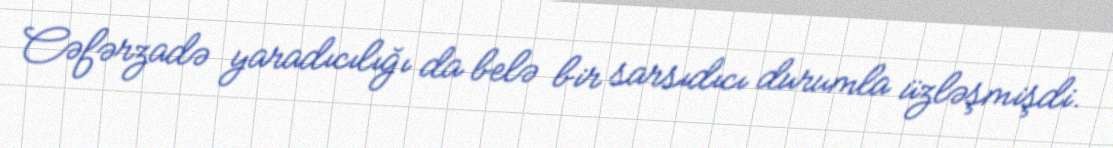
Cəfərzadə yaradıcılığı da belə bir sarsıdıcı durumla üzləşmişdi.